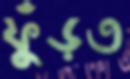
ফুঁড়ত